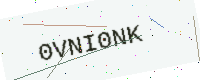
Text: 0VNI0NK